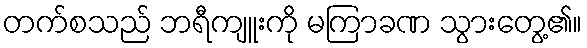
တက်စသည် ဘရီကျူးကို မကြာခဏ သွားတွေ့၏။